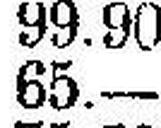
65.—